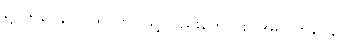
ရူပဘဝေန ဝါ၊ ရူပဘဝဖြင့်လည်းကောင်း။ အရူပဘဝေန ဝါ၊